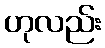
ဟုလည်း